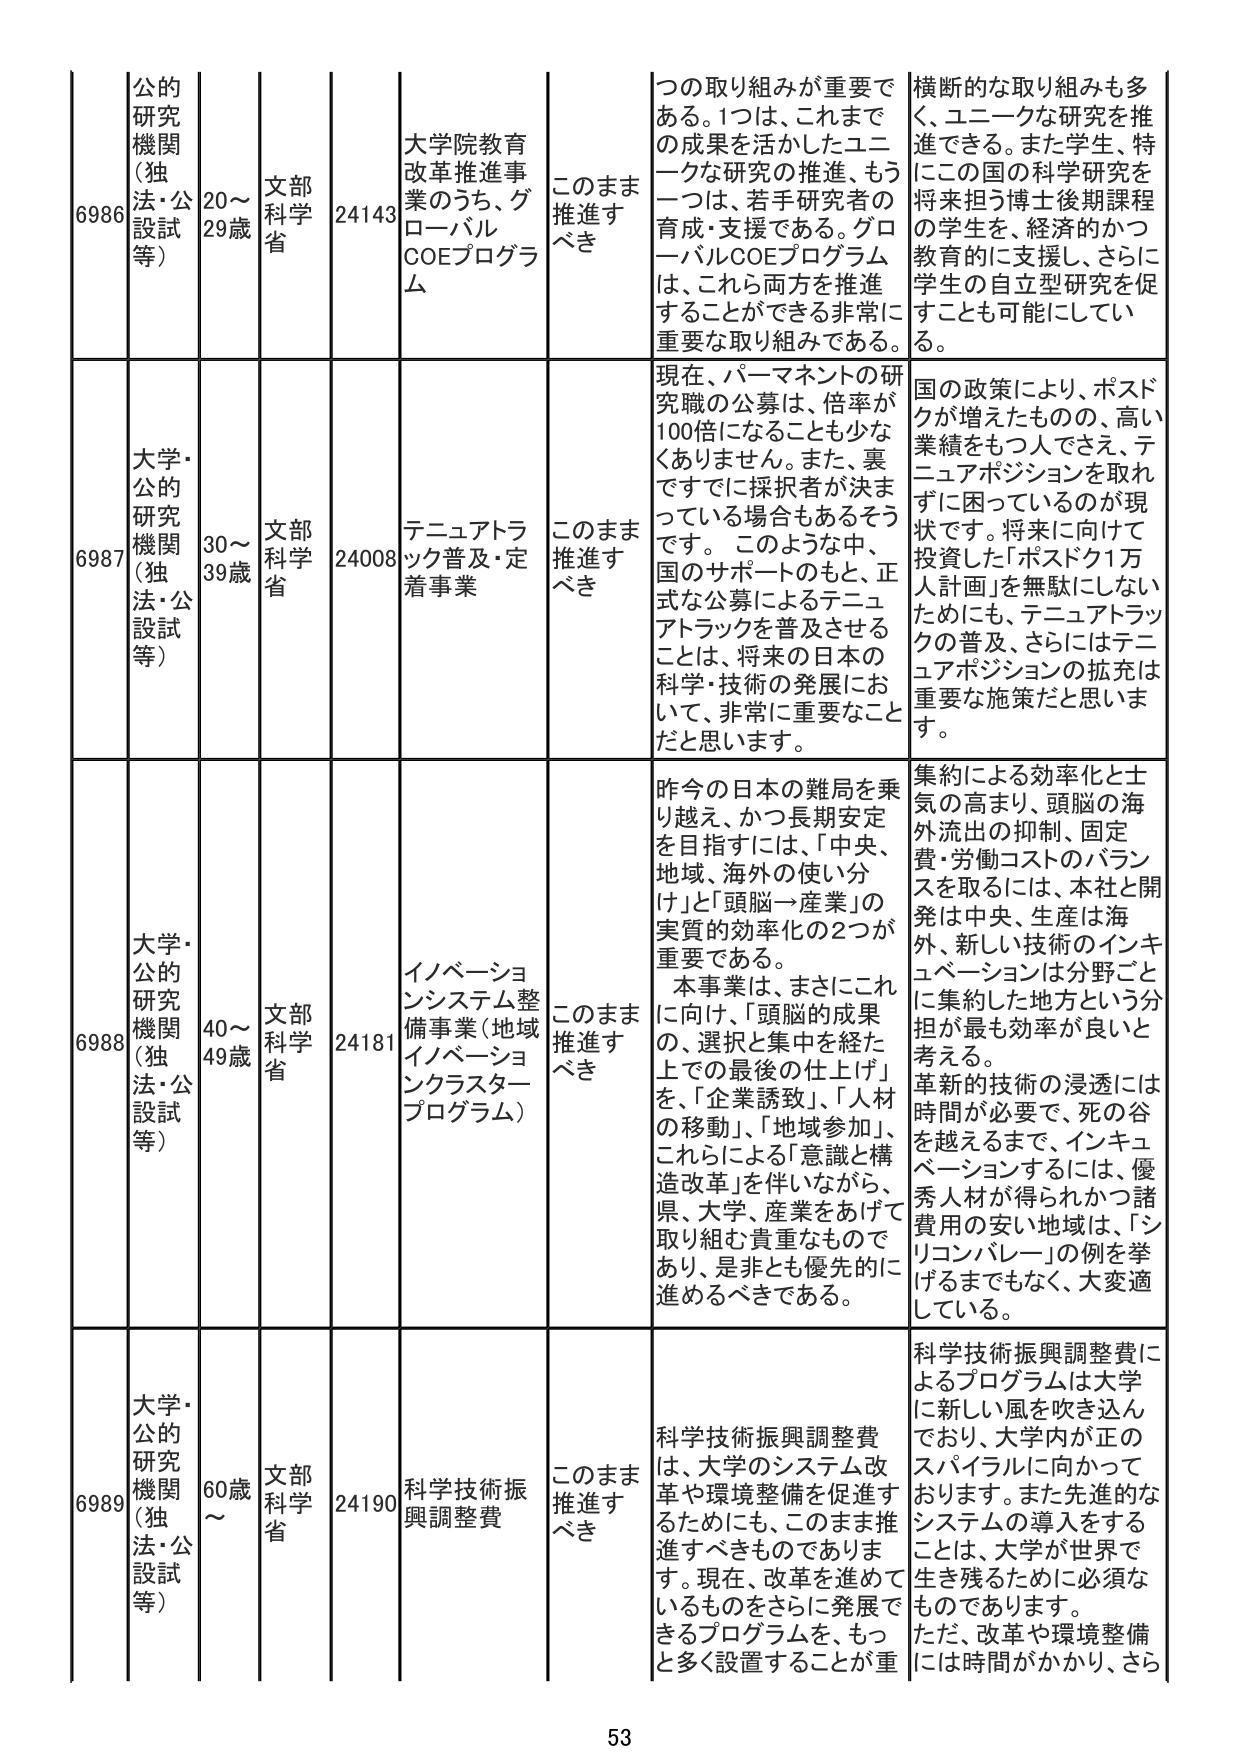
6986 公的研究機関（独法・公設試等） 20～29歳 文部科学省 24143 大学院教育改革推進事業のうち、グローバルCOEプログラム このまま推進すべき つの取り組みが重要である。1つは、これまでの成果を活かしたユニークな研究の推進、もう一つは、若手研究者の育成・支援である。グローバルCOEプログラムは、これら両方を推進することができる非常に重要な取り組みである。 横断的な取り組みも多く、ユニークな研究を推進できる。また学生、特にこの国の科学研究を将来担う博士後期課程の学生を、経済的かつ教育的に支援し、さらに学生の自立型研究を促すことも可能にしてい る。

6987 大学・公的研究機関（独法・公設試等） 30～39歳 文部科学省 24008 テニュアトラック普及・定着事業 このまま推進すべき 現在、パーマネントの研究職の公募は、倍率が100倍になることも少なくありません。また、裏ですでに採択者が決まっている場合もあるそうです。このような中、国のサポートのもと、正式な公募によるテニュアトラックを普及させることは、将来の日本の科学・技術の発展において、非常に重要なことだと思います。 国の政策により、ポスドクが増えたものの、高い業績をもつ人でさえ、テニュアポジションを取れずに困っているのが現状です。将来に向けて投資した「ポスドク1万人計画」を無駄にしないためにも、テニュアトラックの普及、さらにはテニュアポジションの拡充は重要な施策だと思います。

6988 大学・公的研究機関（独法・公設試等） 40～49歳 文部科学省 24181 イノベーションシステム整備事業（地域イノベーションクラスタープログラム） このまま推進すべき 昨今の日本の難局を乗り越え、かつ長期安定を目指すには、「中央、地域、海外の使い分け」と「頭脳→産業」の実質的効率化の2つが重要である。本事業は、まさにこれに向け、「頭脳の成果の、選択と集中を経た上での最後の仕上げ」を、「企業誘致」、「人材の移動」、「地域参加」、これらによる「意識と構造改革」を伴いながら、県、大学、産業をあげて取り組む貴重なものであり、是非とも優先的に進めるべきである。 集約による効率化と士気の高まり、頭脳の海外流出の抑制、固定費・労働コストのバランスを取るには、本社と開発は中央、生産は海外、新しい技術のインキュベーションは分野ごとに集約した地方という分担が最も効率が良いと考える。革新的技術の浸透には時間が必要で、死の谷を越えるまで、インキュベーションするには、優秀人材が得られかつ諸費用の安い地域は、「シリコンバレー」の例を挙げるまでもなく、大変適している。

6989 大学・公的研究機関（独法・公設試等） 60歳～ 文部科学省 24190 科学技術振興調整費 このまま推進すべき 科学技術振興調整費は、大学のシステム改革や環境整備を促進するためにも、このまま推進すべきものであります。現在、改革を進めていているものをさらに発展できるプログラムを、もっと多く設置することが重 科学技術振興調整費によるプログラムは大学に新しい風を吹き込んでおり、大学内が正のスパイラルに向かっております。また先進的なシステムの導入をすることは、大学が世界で生き残るために必須なものであります。ただ、改革や環境整備には時間がかかり、さら

53